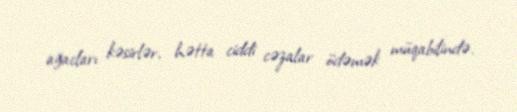
ağacları kəsirlər, hətta ciddi cəzalar ödəmək müqabilində.